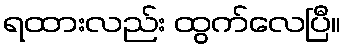
ရထားလည်း ထွက်လေပြီ။